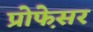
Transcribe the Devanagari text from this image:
प्रोफे़सर